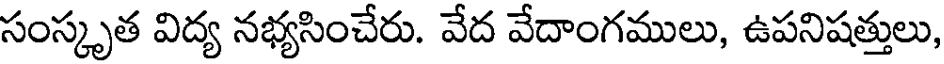
సంస్కృత విద్య నభ్యసించేరు. వేద వేదాంగములు, ఉపనిషత్తులు,